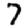
Digit: 7